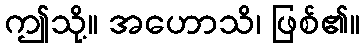
ဤသို့။ အဟောသိ၊ ဖြစ်၏။